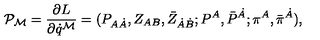
{ \cal P } _ { { \cal M } } = { \frac { \partial L } { \partial \dot { q } ^ { { \cal M } } } } = ( P _ { A \dot { A } } , Z _ { A B } , \bar { Z } _ { \dot { A } \dot { B } } ; P ^ { A } , \bar { P } ^ { \dot { A } } ; \pi ^ { A } , \bar { \pi } ^ { \dot { A } } ) ,